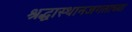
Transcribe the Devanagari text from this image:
श्रद्धास्थानजगताच्या